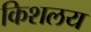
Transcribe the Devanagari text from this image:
किशलय